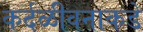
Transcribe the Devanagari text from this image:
कर्दळीवनाकडे